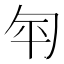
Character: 匉